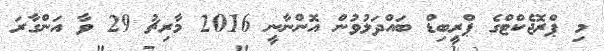
މި ޕްރޮޖެކްޓްގެ ޕްރީބިޑް ބައްދަލުވުން އޮންނާނީ 2016 މާރިޗު 29 ވާ އަންގާރަ